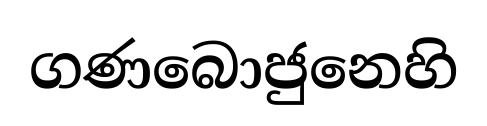
ගණබොජුනෙහි